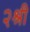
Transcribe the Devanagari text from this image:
२श्री